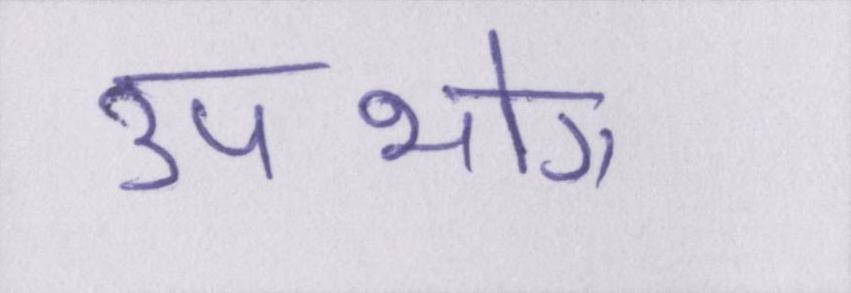
उपभोग